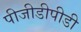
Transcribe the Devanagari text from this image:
पीजीडीपीडी